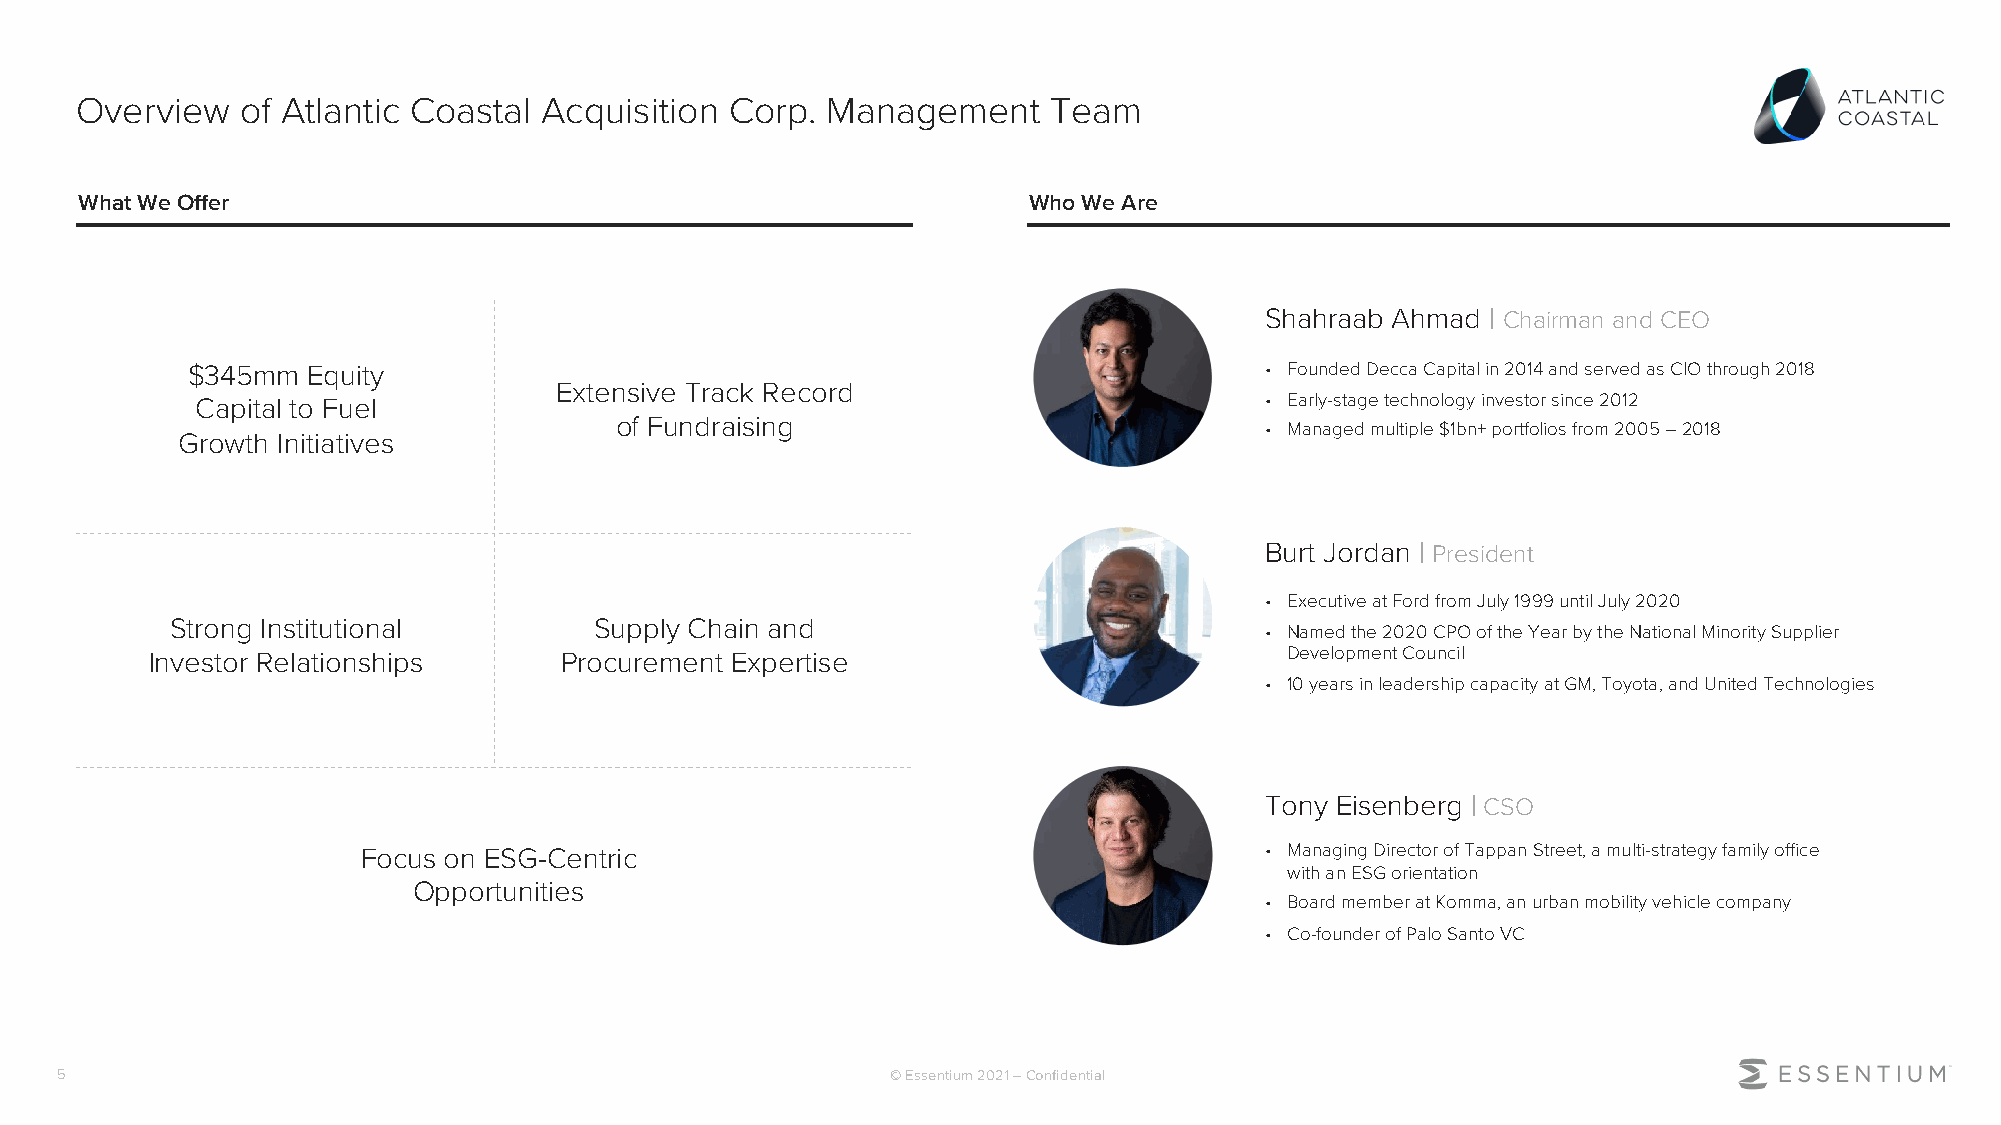
Overview   of Atlantic Coastal Acquisition Corp.  Management    Team
 What We Offer                                                  Who We Are
 Shahraab Ahmad | Chairman and CEO
 $345mm  Equity                                                          • Founded Decca Capital in 2014 and served as CIO through 2018
 Extensive Track Record
 Capital to Fuel                                                        • Early-stage technology investor since 2012
 of Fundraising
 • Managed multiple $1bn+ portfolios from 2005 –2018
 Growth Initiatives
 Burt Jordan | President
 • Executive at Ford from July 1999 until July 2020
 Strong Institutional        Supply Chain and
 • Named the 2020 CPO of the Year by the National Minority Supplier
 Investor Relationships     Procurement Expertise                           Development Council
 • 10 years in leadership capacity at GM, Toyota, and United Technologies
 Tony Eisenberg | CSO
 Focus on ESG-Centric                                        • Managing Director of Tappan Street, a multi-strategy family office
 with an ESG orientation
 Opportunities
 • Board member at Komma, an urban mobility vehicle company
 • Co-founder of Palo Santo VC
 5                                                      © Essentium 2021 –Confidential